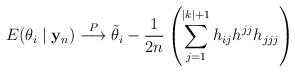
LaTeX: \begin{align*}E(\theta_i \mid {\bf y}_n) \stackrel{P}{\longrightarrow} \tilde{\theta}_i - \frac{1}{2n} \left(\sum_{j=1}^{|k|+1} h_{ij} h^{jj} h_{jjj} \right)\end{align*}